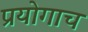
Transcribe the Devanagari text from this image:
प्रयोगाच